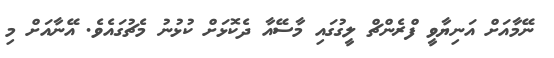
ނޭމާއަށް އަނިޔާވީ ފްރެންޗް ލީގުގައި މާސޭއާ ދެކޮޅަށް ކުޅުނު މެޗުގައެވެ. އޭނާއަށް މި